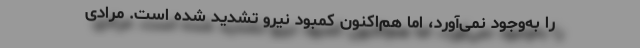
را به‌وجود نمی‌آورد، اما هم‌اکنون کمبود نیرو تشدید شده است. مرادی